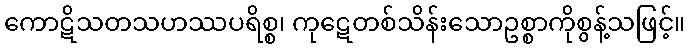
ကောဋိသတသဟဿပရိစ္စ၊ ကုဋေတစ်သိန်းသောဥစ္စာကိုစွန့်သဖြင့်။